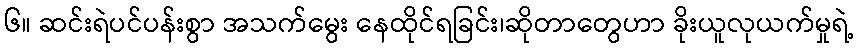
၆။ ဆင်းရဲပင်ပန်းစွာ အသက်မွေး နေထိုင်ရခြင်း၊ဆိုတာတွေဟာ ခိုးယူလုယက်မှုရဲ့